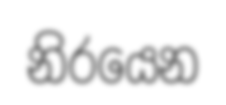
නිරයෙන